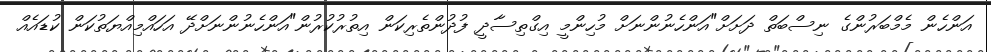
އަންހެން މެމްބަރުންގެ ނިސްބަތް ދަށަށް"އަންހެނުންނަށް މުހިންމީ އިގްތިސާދީ ފުދުންތެރިކަން އިތުރުކުރުން"އަންހެނުންނަށްދޭ އަހައްމިއްޔަތުކަން ކުޑައެއް